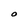
Character: O